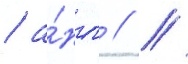
/ а́нгл // /